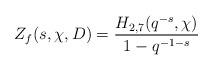
LaTeX: \begin{align*}Z_{f}(s, \chi, D)=\dfrac{H_{2,7}(q^{-s}, \chi)}{1-q^{-1-s}}\end{align*}